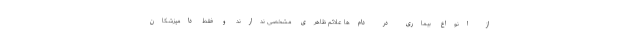
از انواع بیماری در دام‌ها علائم ظاهری مشخصی ندارند و فقط دامپزشکان